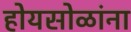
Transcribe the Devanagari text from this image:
होयसोळांना